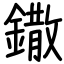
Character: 鏾